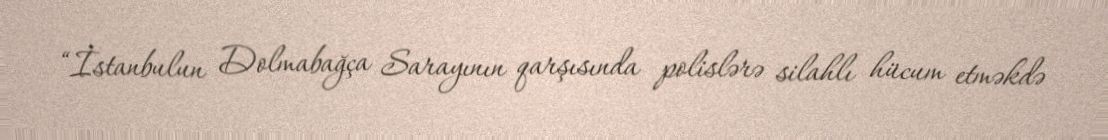
“İstanbulun Dolmabağça Sarayının qarşısında polislərə silahlı hücum etməkdə